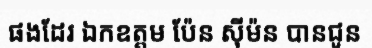
ផងដែរ ឯកឧត្តម ប៉ែន ស៊ីម៉ន បានជូន